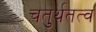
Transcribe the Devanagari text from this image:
चतुर्थतत्व